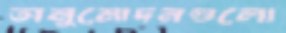
অনুমোদনগুলো